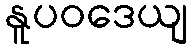
နူပဝဒေယျ